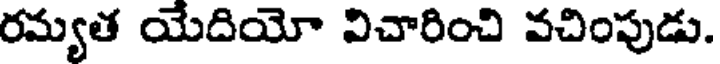
రమ్యత యేదియో విచారించి వచింపుడు.